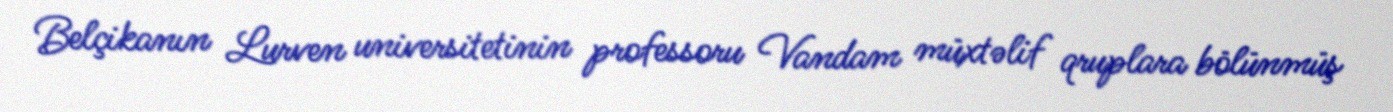
Belçikanın Lurven universitetinin professoru Vandam müxtəlif qruplara bölünmüş